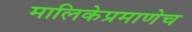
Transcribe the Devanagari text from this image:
मालिकेप्रमाणेच